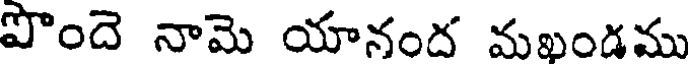
పొందె నామె యానంద మఖండము